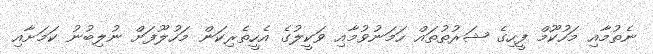
ނެތުމާއި މަހުކޫމް ފީހިގެ ޝަރުތުތައް ހަމަނުވުމާއި ވަކީލުގެ އެހީތެރިކަން މަހުލޫފަށް ނުލިބުނު ކަމަށާއި